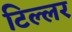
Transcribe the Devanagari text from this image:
टिल्लर